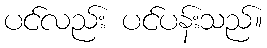
ပင်လည်း ပင်ပန်းသည်။